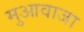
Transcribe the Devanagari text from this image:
मुआवाजा